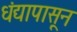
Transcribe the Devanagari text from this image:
धंद्यापासून